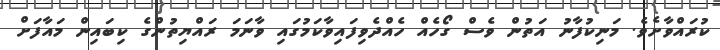
ކުރައްވާށެވެ. މަނިކުފާނު އަތުން ވެސް ގޯހެއް ހެއްދެވިފައިވާކަމުގައި ވާނަމަ ރައްޔިތުންގެ ކިބައިން މައާފަށް